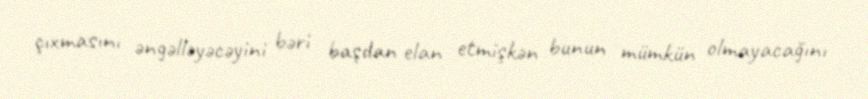
çıxmasını əngəlləyəcəyini bəri başdan elan etmişkən bunun mümkün olmayacağını